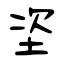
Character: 垐